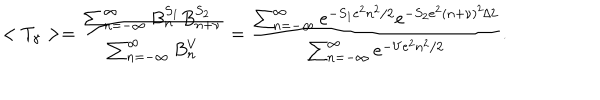
< T _ { \gamma } > = \frac { \sum _ { n = - \infty } ^ { \infty } B _ { n } ^ { S _ { 1 } } B _ { n + \nu } ^ { S _ { 2 } } } { \sum _ { n = - \infty } ^ { \infty } B _ { n } ^ { V } } = \frac { \sum _ { n = - \infty } ^ { \infty } e ^ { - S _ { 1 } e ^ { 2 } n ^ { 2 } / 2 } e ^ { - S _ { 2 } e ^ { 2 } ( n + \nu ) ^ { 2 } / 2 } } { \sum _ { n = - \infty } ^ { \infty } e ^ { - V e ^ { 2 } n ^ { 2 } / 2 } } .